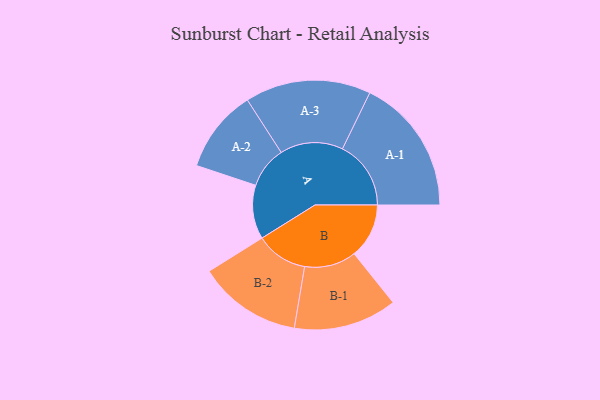
{"axis": {"x": "Segment", "y": "Value"}, "legend": ["", "A", "B"], "data": [{"x": "A", "y": 234, "type": ""}, {"x": "B", "y": 238, "type": ""}, {"x": "A-1", "y": 297, "type": "A"}, {"x": "A-2", "y": 180, "type": "A"}, {"x": "A-3", "y": 273, "type": "A"}, {"x": "B-1", "y": 224, "type": "B"}, {"x": "B-2", "y": 225, "type": "B"}]}